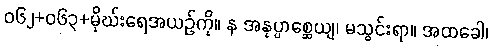
ဝ၆၂+၀၆၃+မိုဃ်းရေအယဉ်ကို။ န အနုပ္ပာစ္ဆေယျ၊ မသွင်းရာ။ အထခေါ၊